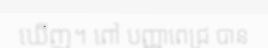
ឃើញ។ ពៅ បញ្ញាពេជ្រ បាន